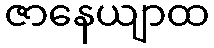
ဇာနေယျာထ